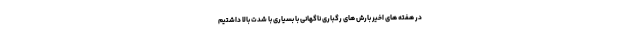
در هفته های اخیر بارش های رگباری ناگهانی با بسیاری با شدت بالا داشتیم